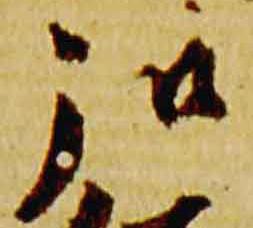
弘